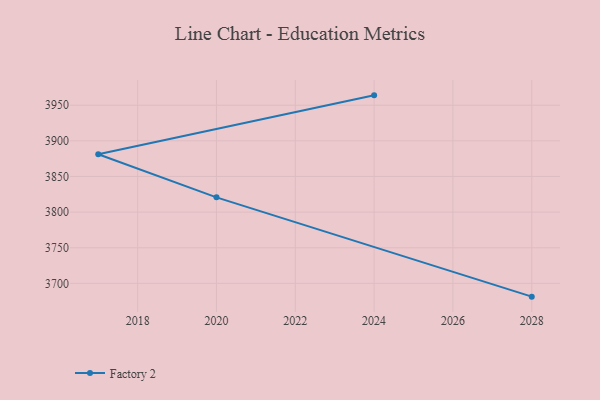
{"axis": {"x": "Year", "y": "Churn Rate (%)"}, "legend": ["Factory 2"], "data": [{"x": "2028", "y": 3681.4, "type": "Factory 2"}, {"x": "2020", "y": 3820.7, "type": "Factory 2"}, {"x": "2017", "y": 3881.2, "type": "Factory 2"}, {"x": "2024", "y": 3963.8, "type": "Factory 2"}]}